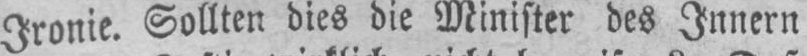
Ironie. Sollten dies die Minister des Innern